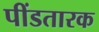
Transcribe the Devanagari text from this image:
पींडतारक